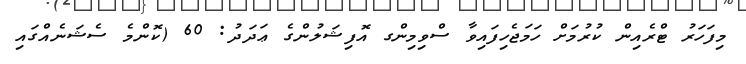
މިފަހަރު ޓްރެއިން ކުރުމަށް ހަމަޖެހިފައިވާ ސްވިމިންގ އޮފިޝަލުންގެ ޢަދަދު: 60 (ކޮންމެ ސެޝަނެއްގައި